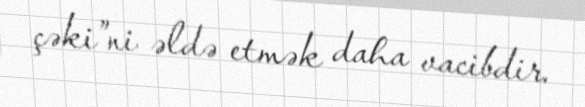
çəki”ni əldə etmək daha vacibdir.